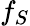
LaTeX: f_{S}